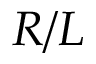
R / L